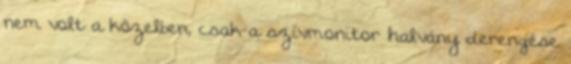
nem volt a közelben, csak a szívmonitor halvány derengése